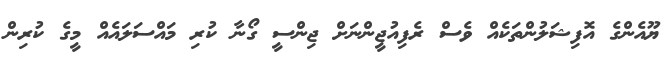
ޔޫއެންގެ އޮފިޝަލުންތަކެއް ވެސް ރެފިއުޖީންނަށް ޖިންސީ ގޯނާ ކުރި މައްސަލައެއް މީގެ ކުރިން